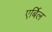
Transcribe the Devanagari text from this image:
एर्बिल